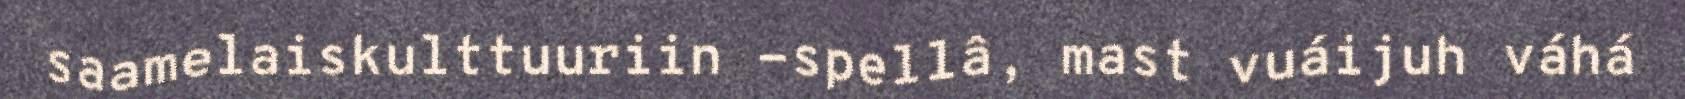
saamelaiskulttuuriin -spellâ, mast vuáijuh váhá